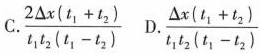
C.\frac{2 \Delta x(t_{1}+t_{2})}{t_{1}t_{2}(t_{1}-t_{2})} D.\frac{\Delta x(t_{1}+t_{2})}{t_{1}t_{2}(t_{1}-t_{2})}